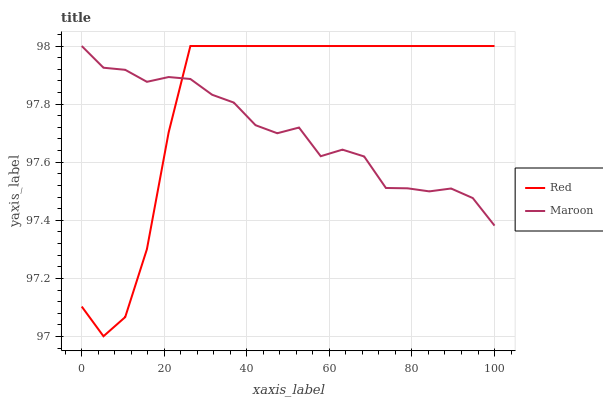
| xaxis_label | Red | Maroon |
 | --- | --- | --- |
 | 0 | 97.1 | 98 |
 | 5.26 | 97 | 97.9 |
 | 10.5 | 97.1 | 97.9 |
 | 15.8 | 97.3 | 97.9 |
 | 21.1 | 97.7 | 97.9 |
 | 26.3 | 98 | 97.9 |
 | 31.6 | 98 | 97.8 |
 | 36.8 | 98 | 97.8 |
 | 42.1 | 98 | 97.7 |
 | 47.4 | 98 | 97.7 |
 | 52.6 | 98 | 97.7 |
 | 57.9 | 98 | 97.6 |
 | 63.2 | 98 | 97.6 |
 | 68.4 | 98 | 97.6 |
 | 73.7 | 98 | 97.5 |
 | 78.9 | 98 | 97.5 |
 | 84.2 | 98 | 97.5 |
 | 89.5 | 98 | 97.5 |
 | 94.7 | 98 | 97.5 |
 | 100 | 98 | 97.4 |